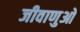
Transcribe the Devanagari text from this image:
जीवाणुओ